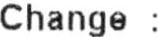
CHANGE :